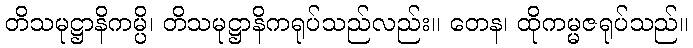
တိသမုဋ္ဌာနိကမ္ပိ၊ တိသမုဋ္ဌာနိကရုပ်သည်လည်း။ တေန၊ ထိုကမ္မဇရုပ်သည်။